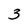
Character: 3